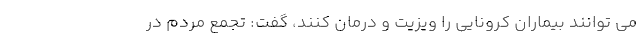
می توانند بیماران کرونایی را ویزیت و درمان کنند، گفت: تجمع مردم در